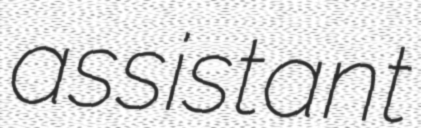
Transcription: assistant